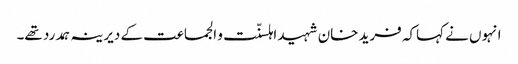
انہوں نے کہاکہ فرید خان شہید اہلسنّت و الجماعت کے دیرینہ ہمدرد تھے۔